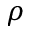
\rho